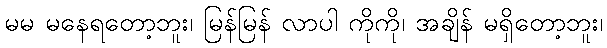
မမ မနေရတော့ဘူး၊ မြန်မြန် လာပါ ကိုကို၊ အချိန် မရှိတော့ဘူး၊